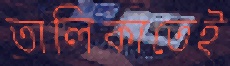
তালিকাতেই